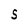
Character: 5